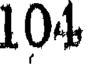
104